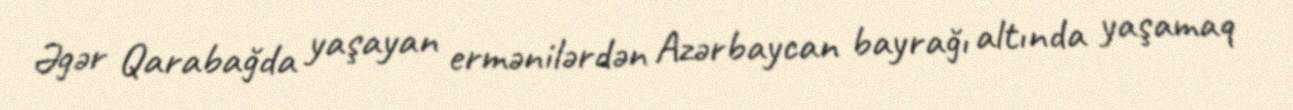
Əgər Qarabağda yaşayan ermənilərdən Azərbaycan bayrağı altında yaşamaq